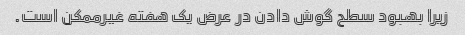
زیرا بهبود سطح گوش دادن در عرض یک هفته غیرممکن است.